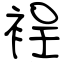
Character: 裎